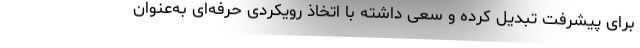
برای پیشرفت تبدیل کرده و سعی داشته با اتخاذ رویکردی حرفه‌ای به‌عنوان